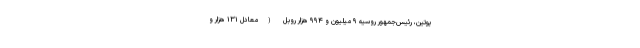
پوتین، رئیس‌جمهور روسیه ۹ میلیون و ۹۹۴ هزار روبل (معادل ۱۳۱ هزار و